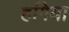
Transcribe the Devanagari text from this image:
हगिया